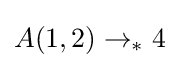
A(1,2)\rightarrow _{*}4